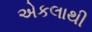
એકલાથી